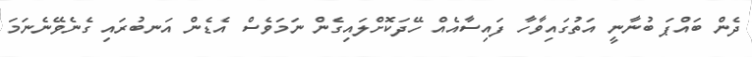
ދެން ބައްޕަ ބުނާނީ އަތުގައިވާހާ ފައިސާއެއް ހޭދަކޮށްލައިގެން ނަމަވެސް އެޑެން އަނބުރައި ގެނެވޭނެނަމަ